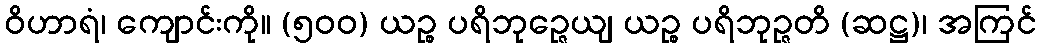
ဝိဟာရံ၊ ကျောင်းကို။ (၅၀၀) ယဉ္စ ပရိဘုဉ္ဇေယျ ယဉ္စ ပရိဘုဉ္ဇတိ (ဆဋ္ဌ)၊ အကြင်